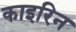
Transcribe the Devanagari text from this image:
काइरिन